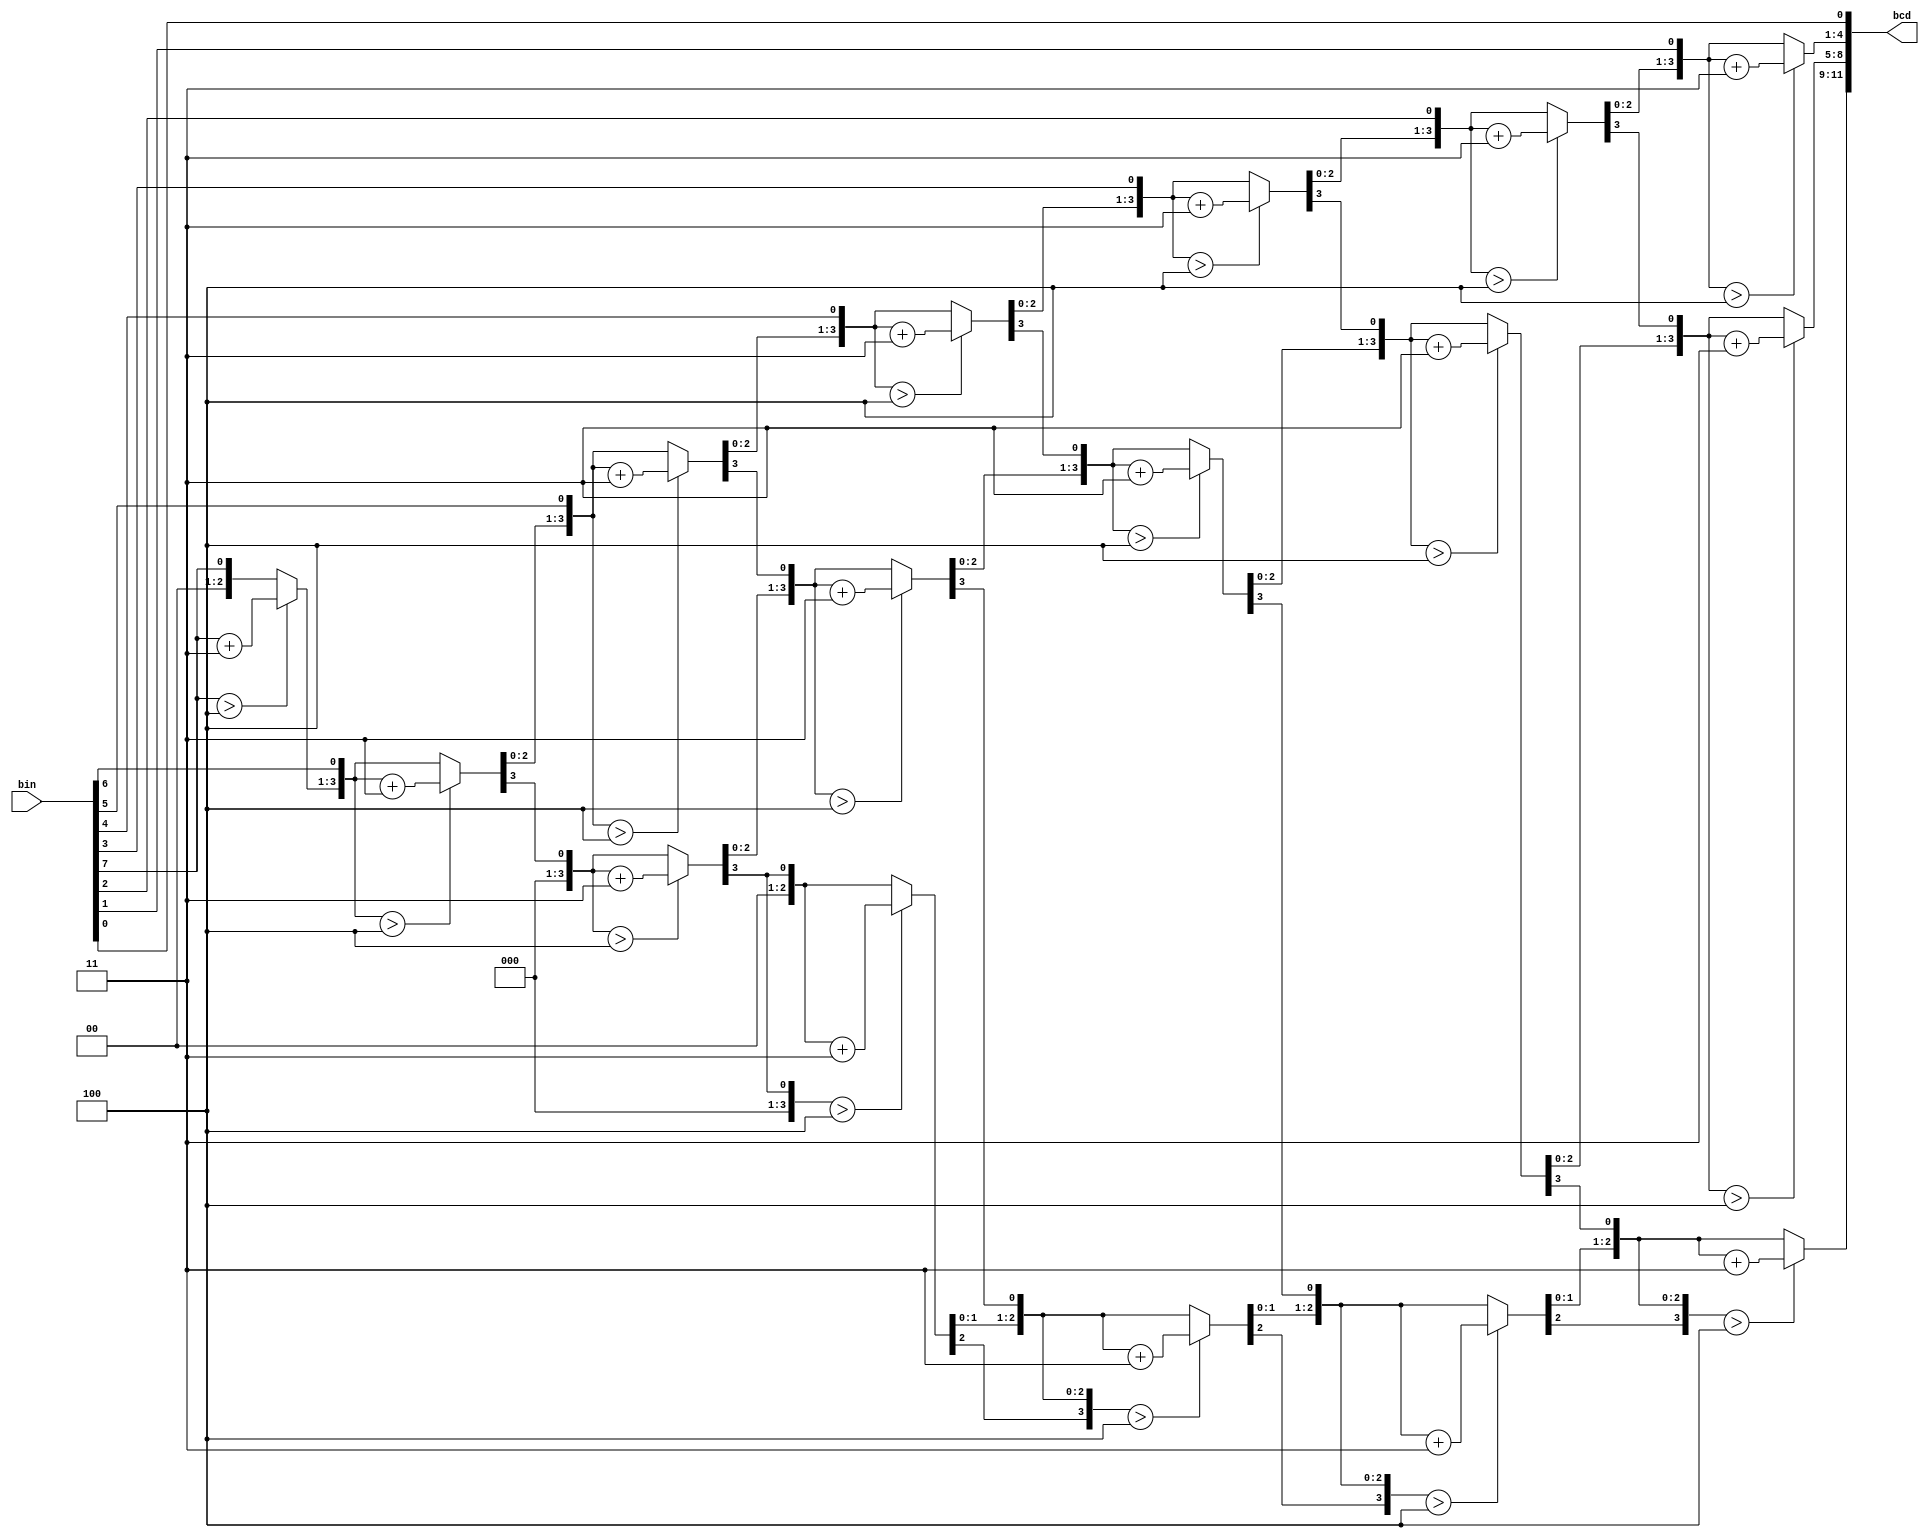
module bin2bcd(
    input [7:0] bin,
    output [11:0] bcd
    );

    //Internal variables
    reg [11:0] bcd; 
    reg [3:0] i;   
     
     //Always block - implement the Double Dabble algorithm
     always @(bin)
        begin
            bcd = 0; //initialize bcd to zero.
            for (i = 0; i < 8; i = i+1) //run for 8 iterations
            begin
                bcd = {bcd[10:0],bin[7-i]}; //concatenation
                    
                //if a hex digit of 'bcd' is more than 4, add 3 to it.  
                if(i < 7 && bcd[3:0] > 4) 
                    bcd[3:0] = bcd[3:0] + 3;
                if(i < 7 && bcd[7:4] > 4)
                    bcd[7:4] = bcd[7:4] + 3;
                if(i < 7 && bcd[11:8] > 4)
                    bcd[11:8] = bcd[11:8] + 3;  
            end
        end     
                
endmodule